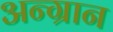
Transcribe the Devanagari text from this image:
अन्ग्रान